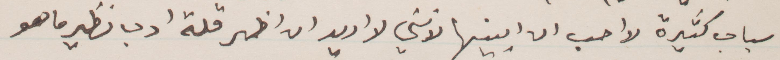
أسباب كثيرة لا احب ان ابينها لانني لا اريد ان اظهر قلة ادب نظير ما هو